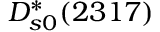
D _ { s 0 } ^ { * } ( 2 3 1 7 )